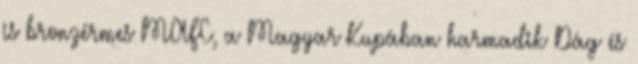
is bronzérmes MAFC, a Magyar Kupában harmadik Dág és